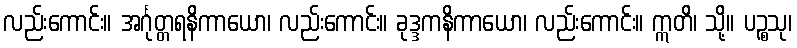
လည်းကောင်း။ အင်္ဂုတ္တရနိကာယော၊ လည်းကောင်း။ ခုဒ္ဒကနိကာယော၊ လည်းကောင်း။ ဣတိ၊ သို့။ ပဉ္စသု၊